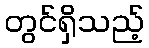
တွင်ရှိသည့်